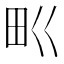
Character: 𤰕